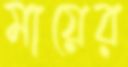
মায়ের